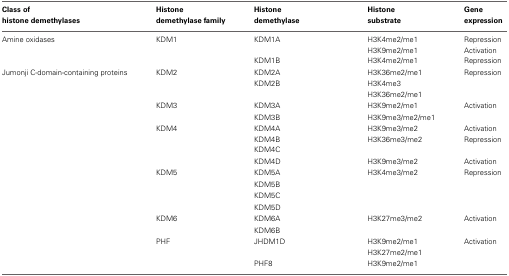
<table><thead><tr><td><b>Class of histone demethylases</b></td><td><b>Histone demethylase family</b></td><td><b>Histone demethylase</b></td><td><b>Histone substrate</b></td><td><b>Gene expression</b></td></tr></thead><tbody><tr><td>Amine oxidases</td><td>KDM1</td><td>KDM1A</td><td>H3K4me2/me1</td><td>Repression</td></tr><tr><td></td><td></td><td></td><td>H3K9me2/me1</td><td>Activation</td></tr><tr><td></td><td></td><td>KDM1B</td><td>H3K4me2/me1</td><td>Repression</td></tr><tr><td>Jumonji C-domain-containing proteins</td><td>KDM2</td><td>KDM2A</td><td>H3K36me2/me1</td><td>Repression</td></tr><tr><td></td><td></td><td>KDM2B</td><td>H3K4me3</td><td></td></tr><tr><td></td><td></td><td></td><td>H3K36me2/me1</td><td></td></tr><tr><td></td><td>KDM3</td><td>KDM3A</td><td>H3K9me2/me1</td><td>Activation</td></tr><tr><td></td><td></td><td>KDM3B</td><td>H3K9me3/me2/me1</td><td></td></tr><tr><td></td><td>KDM4</td><td>KDM4A</td><td>H3K9me3/me2</td><td>Activation</td></tr><tr><td></td><td></td><td>KDM4B</td><td>H3K36me3/me2</td><td>Repression</td></tr><tr><td></td><td></td><td>KDM4C</td><td></td><td></td></tr><tr><td></td><td></td><td>KDM4D</td><td>H3K9me3/me2</td><td>Activation</td></tr><tr><td></td><td>KDM5</td><td>KDM5A</td><td>H3K4me3/me2</td><td>Repression</td></tr><tr><td></td><td></td><td>KDM5B</td><td></td><td></td></tr><tr><td></td><td></td><td>KDM5C</td><td></td><td></td></tr><tr><td></td><td></td><td>KDM5D</td><td></td><td></td></tr><tr><td></td><td>KDM6</td><td>KDM6A</td><td>H3K27me3/me2</td><td>Activation</td></tr><tr><td></td><td></td><td>KDM6B</td><td></td><td></td></tr><tr><td></td><td>PHF</td><td>JHDM1D</td><td>H3K9me2/me1</td><td>Activation</td></tr><tr><td></td><td></td><td></td><td>H3K27me2/me1</td><td></td></tr><tr><td></td><td></td><td>PHF8</td><td>H3K9me2/me1</td><td></td></tr></tbody></table>